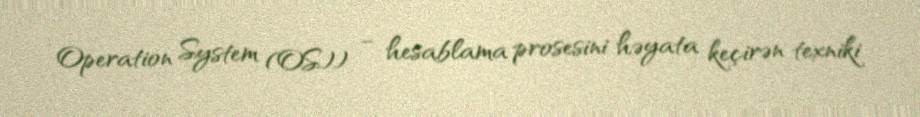
Operation System (OS)) – hesablama prosesini həyata keçirən texniki